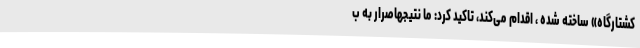
کشتارگاه» ساخته شده ، اقدام می‌کند، تاکید کرد: ما نتیجهاصرار به ب